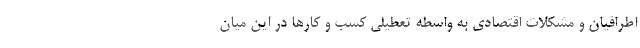
اطرافیان و مشکلات اقتصادی به واسطه تعطیلی کسب و کارها در این میان